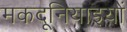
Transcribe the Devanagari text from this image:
मकदूनियाइयों